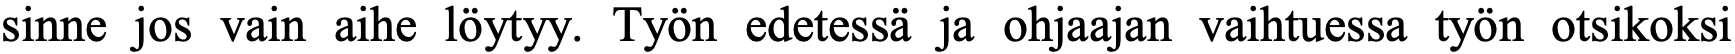
sinne jos vain aihe löytyy. Työn edetessä ja ohjaajan vaihtuessa työn otsikoksi